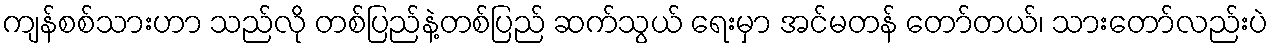
ကျန်စစ်သားဟာ သည်လို တစ်ပြည်နဲ့တစ်ပြည် ဆက်သွယ် ရေးမှာ အင်မတန် တော်တယ်၊ သားတော်လည်းပဲ